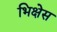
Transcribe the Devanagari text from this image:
भिक्षेस